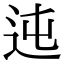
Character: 迍